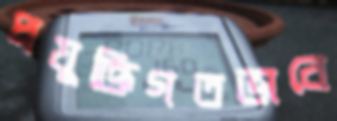
প্রযুক্তিগতভাবে